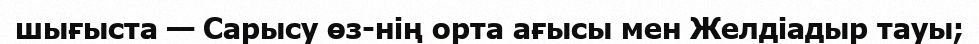
шығыста — Сарысу өз-нің орта ағысы мен Желдіадыр тауы;